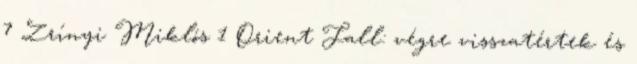
7 Zrínyi Miklós 1 Orient Fall: végre visszatértek és